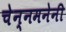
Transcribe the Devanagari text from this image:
चेन्नमनेनी